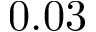
0 . 0 3